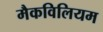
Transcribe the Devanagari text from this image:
मैकविलियम